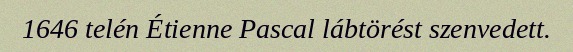
1646 telén Étienne Pascal lábtörést szenvedett.